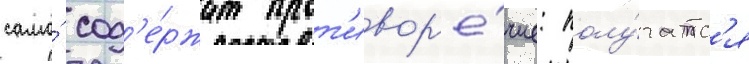
само́ сод'е́ржит прот'ивор'е́чие: полу́чатс'я